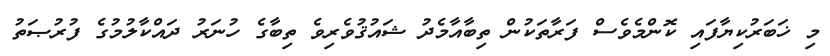
މި ޚަބަރުކިޔާފައި ކޮންމެވެސް ފަރާތަކުން ތިބާއާމެދު ޝައުޤުވެރިވެ ތިބާގެ ހުނަރު ދައްކާލުމުގެ ފުރުޞަތު